Vaccine operations Central Provinces 1886-1899 - 1886-1899
Year: 1886
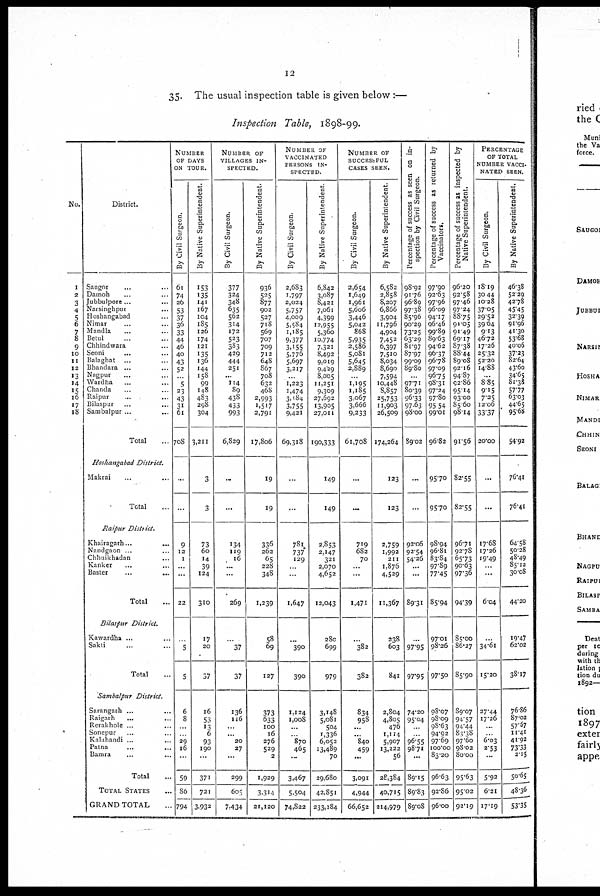
12
35. The usual inspection table is given below :—
Inspection Table, 1898-99.
No.
1
2
3
4
5
6
7
8
9
10
11
12
13
14
15
16
17
18
District.
Saugor ... ...
Damoh ... ...
Jubbulpore... ...
Narsinghpur ... ...
Hoshangabad ... ...
Nimar ... ...
Mandla ... ...
Betul ... ...
Chhindwara ... ...
Seoni
... ...
Balaghat ... ...
Bhandara ... ...
Nagpur ... ...
Wardha ... ...
Chanda ... ...
Raipur ... ...
Bilaspur ... ...
Sambalpur ... ...
Total ...
Hoshangabad
District.
Makrai ... ...
Total ...
Raipur
District.
Khairagarh...
...
Nandgaon ... ...
Chhuikhadan ...
Ranker ... ...
Baster ... ...
Total ...
Bilaspur
District.
Kawardha ... ...
Sakti ... ...
Total ...
Sambalpur
District.
Sarangarh ... ...
Raigarh ... ...
Rerakhole ... ...
Sonepur
..
...
Kalahandi ... ...
Patna ... ...
Bamra ... ...
Total ...
TOTAL STATES ...
GRAND TOTAL ...
NUMBER
OF DAYS
ON TOUR.
By Civil Surgeon.
61
74
26
53
37
36
33
44
46
40
43
52
...
5
26
46
31
61
708
...
...
9
12
1
...
...
22
...
5
5
6
8
...
...
29
16
...
59
86
794
By Native Superintendent.
153
135
141
167
104
185
126
174
121
135
136
144
158
99
148
483
298
304
3,211
3
3
73
60
14
39
124
310
17
20
57
16
53
13
6
93
190
...
371
721
3,932
NUMBER OF
VILLAGES IN-
SPECTED.
By Civil Surgeon.
377
324
348
635
562
614
172
523
383
429
444
251
...
114
89
438
433
993
6,829
...
...
134
119
16
...
...
269
...
37
37
136
116
...
...
20
27
...
299
605
7,434
By Native Superintendent.
936
525
877
902
527
718
569
707
709
712
648
867
708
632
468
2,993
1,517
2,791
17,806
19
19
336
262
65
228
348
1,239
58
69
127
373
633
100
16
276
529
2
1,929
3,314
21,120
NUMBER OF
VACCINATED
PERSONS IN-
SPECTED.
By Civil Surgeon.
2,683
1,797
2,024
5,757
4,009
5,584
1,185
9,377
3,155
5,776
5,697
3,217
...
1,223
1,474
3,184
3,755
9,421
69,318
...
...
781,
737
129
...
...
1,647
...
390
390
1,124
1,008
...
...
870
465
...
3,467
5,504
74,822
By Native Superintendent.
6,842
3,087
8,421
7,061
4,399
12,955
5,360
10,774
7,321
8,492
9,019
9,429
8,005
11,251
9,309
27,692
13,905
27,011
190,333
149
149
2,853
2,147
321
2,070
4,652
12,043
280
699
979
3,148
5,081
504
1,336
6,052
13,489
70
29,680
42,851
233,184
NUMBER OF
SUCCESSFUL
CASES SEEN.
By Civil Surgeon.
2,654
1,649
1,961
5,606
3,446
5,042
868
5,935
2,586
5,081
5,645
2,889
...
1,195
1,185
3,067
3,666
9,233
61,708
...
...
719
682
70
...
...
1,471
...
382
382
834
958
...
...
840
459
...
3,091
4,944
66,652
By Native Superintendent.
6,582
2,858
8,207
6,866
3,904
11,796
4,904
7,452
6,397
7,510
8,034
8,690
7,594
10,448
8,857
25,753
11,903
26,509
174,264
123
123
2,759
1,992
211
1,876
4,529
11,367
238
603
841
2,804
4,805
476
1,114
5,907
13,222
56
28,384
40,715
214,979
Percentage of success as seen on in-
spection by Civil Surgeon.
98.92
91.76
96.89
97.38
85.96
90.29
73.25
63.20
81.97
87.97
99.09
89.80
...
97.71
80.39
96.33
97.63
98.00
89.02
...
...
92.06
92.54
54.26
...
...
89.31
...
97.95
97.95
74.20
95.04
...
...
96.55
98.71
...
89.15
89.83
89.08
Percentage of success as returned by
Vaccinators.
97.90
92.63
97.96
96.09
94.17
96.46
99.89
89.63
94.62
96.37
96.78
97.09
96.75
98.31
97.24
97.80
95.54
99.01
96.82
95.70
95.70
98.94
96.81
83.84
97.89
77.45
85.94
97.01
98.26
97.50
98.07
98.09
98.63
94.92
97.69
100.00
83.20
96.63
92.86
96.00
Percentage of success as inspected by
Native Superintendent.
96.20
92.58
97.46
97.24
88.75
91.05
91.49
69.17
87.38
88.44
89.08
92.16
94.87
92.86
95.14
93.00
85.60
98.14
91.56
82.55
82.55
96.71
92.78
65.73
90.63
97.36
94.39
85.00
86.27
85.90
89.07
94.57
94.44
83.38
97.60
98.02
80.00
95.63
95.02
92.19
PERCENTAGE
OF TOTAL
NUMBER VACCI-
NATED SEEN.
By Civil Surgeon.
18.19
30.44
10.28
37.05
29.52
39.64
9.13
46.72
17.26
25.32
52.20
14.88
...
8.85
9.15
7.25
12.06
33.37
20.00
...
...
17.68
17.26
19.49
...
...
6.04
...
34.61
15.20
27.44
17.26
...
...
6.03
2.53
...
5.92
6.21
17.19
By Native Superintendent.
46.38
52.29
42.78
45.45
32.39
91.96
41.30
53.68
40.06
37.23
82.64
43.60
34.65
81.38
57.77
63.03
44.65
95.68
54.92
76.41
76.41
64.58
50.28
48.49
85.12
30.08
44.20
19.47
62.02
38.17
76.86
87.02
57.67
11.41
41.92
73.33
2.15
50.65
48.36
53.35